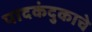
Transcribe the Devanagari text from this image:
पादकंदुकाचे